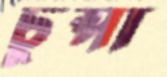
চুপ্‌সা